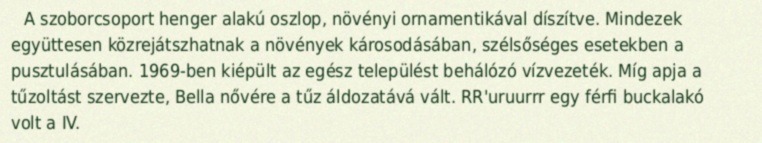
A szoborcsoport henger alakú oszlop, növényi ornamentikával díszítve. Mindezek együttesen közrejátszhatnak a növények károsodásában, szélsőséges esetekben a pusztulásában. 1969-ben kiépült az egész települést behálózó vízvezeték. Míg apja a tűzoltást szervezte, Bella nővére a tűz áldozatává vált. RR'uruurrr egy férfi buckalakó volt a IV.